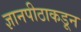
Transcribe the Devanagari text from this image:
ज्ञानपीठाकडून